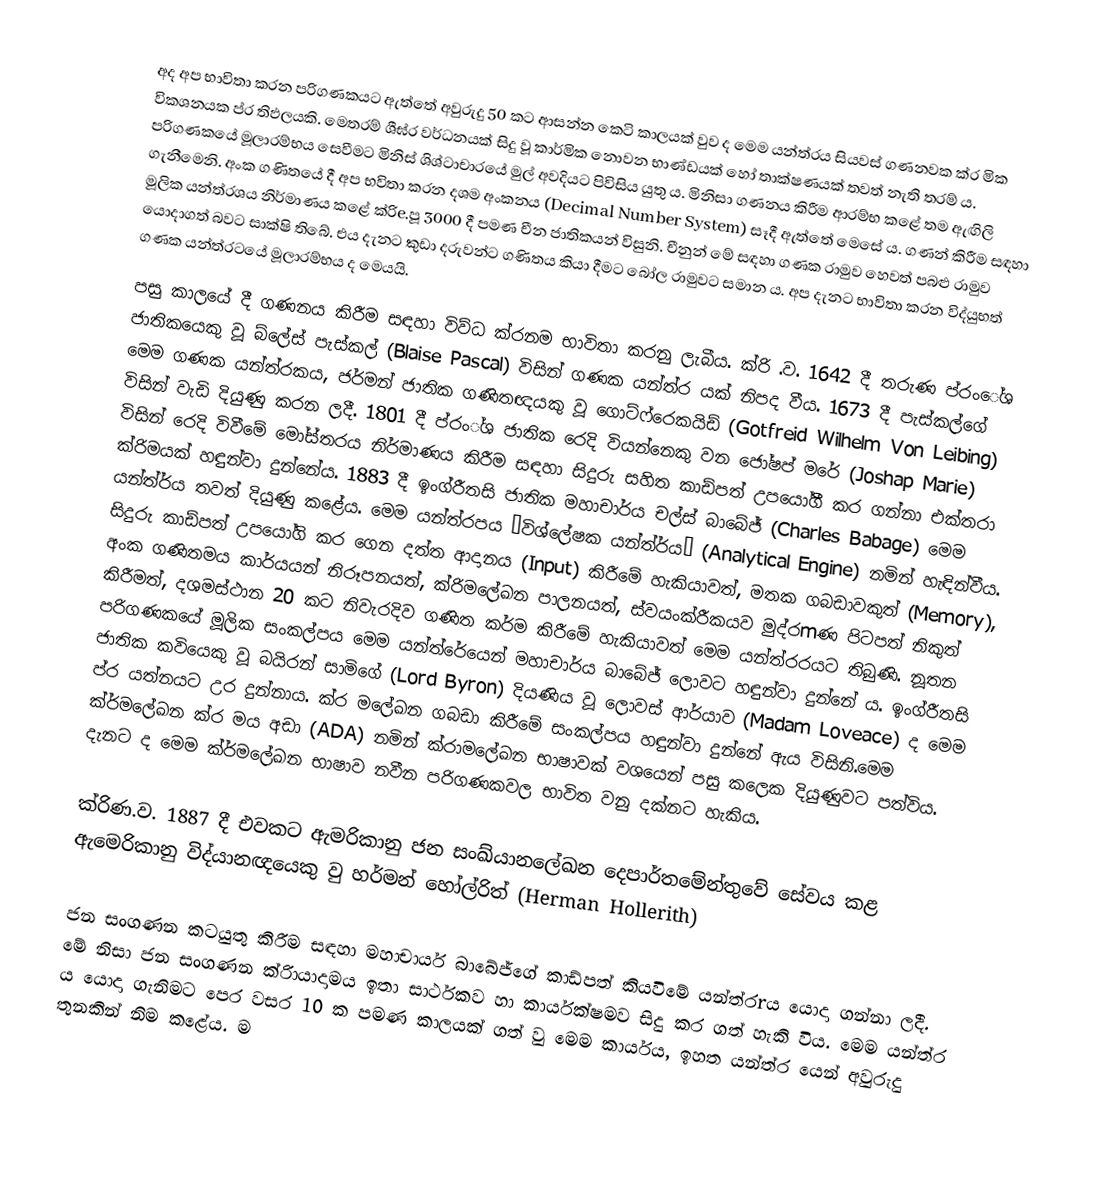
අද අප භාවිතා කරන පරිගණකයට ඇත්තේ අවුරුදු 50 කට ආසන්න කෙටි කාලයක් වුව ද මෙම යන්ත්ර‍ය සියවස් ගණනවක ක්ර මික විකශනයක ප්ර තිඵලයකි. මෙතරම් ශීඝ්ර  වර්ධනයක් සිදු වූ කාර්මික නොවන භාණ්ඩයක් හෝ තාක්ෂණයක් තවත් නැති තරම් ය. පරිගණකයේ මූලාරම්භය සෙවීමට මිනිස් ශිශ්ටාචාරයේ මුල් අවදියට පිවිසිය යුතු ය. මිනිසා ගණනය කිරීම ආරම්භ කළේ තම ඇඟිලි ගැනීමෙනි. අංක ගණිතයේ දී අප භවිතා කරන දශම අංකනය (Decimal Number System) සෑදී ඇත්තේ මෙසේ ය. ගණන් කිරීම සඳහා මූලික යන්ත්රශය නිර්මාණය කළේ ක්රිe.පූ 3000 දී පමණ චීන ජාතිකයන් විසුනි. චීනුන් මේ සඳහා ගණක රාමුව හෙවත් පබළු රාමුව යොදාගත් බවට සාක්ෂි තිබේ. එය දැනට කුඩා දරුවන්ට ගණිතය කියා දීමට බෝල රාමුවට සමාන ය. අප දැනට භාවිතා කරන විද්යුභත් ගණක යන්ත්රටයේ මූලාරම්භය ද මෙයයි.
පසු කාලයේ දී ගණනය කිරීම සඳහා විව්ධ ක්රනම භාවිතා කරනු ලැබීය. ක්රි .ව. 1642 දී තරුණ ප්රංේශ ජාතිකයෙකු වූ බ්ලේස් පැස්කල් (Blaise Pascal) විසින් ගණක යන්ත්ර යක් නිපද වීය. 1673 දී පැස්කල්ගේ මෙම ගණක යන්ත්රකය, ජර්මන් ජාතික ගණිතඥයකු වූ ගොට්ෆ්රෙකයිඩ් (Gotfreid Wilhelm Von Leibing) විසින් වැඩි දියුණු කරන ලදී. 1801 දී ප්රං්ශ ජාතික රෙදි වියන්නෙකු වන ජෝෂප් මරේ (Joshap Marie) විසින් රෙදි විවීමේ මෝස්තරය නිර්මාණය කිරීම සඳහා සිදුරු සහිත කාඩ්පත් උපයෝගී කර ගන්නා එක්තරා ක්රිමයක් හඳුන්වා දුන්නේය. 1883 දී ඉංග්රීතසි ජාතික මහාචාර්ය චල්ස් බාබේජ් (Charles Babage) මෙම යන්ත්ර්ය තවත් දියුණු කළේය. මෙම යන්ත්රපය ‘විශ්ලේෂක යන්ත්ර්ය’ (Analytical Engine) නමින් හැඳින්වීය. සිදුරු කාඩ්පත් උපයෝගි කර ගෙන දත්ත ආදානය (Input) කිරීමේ හැකියාවත්, මතක ගබඩාවකුත් (Memory), අංක ගණිතමය කාර්යයන් නිරූපනයත්, ක්රිමලේඛන පාලනයත්, ස්වයංක්රීකයව මුද්රmණ පිටපත් නිකුත් කිරීමත්, දශමස්ථාන 20 කට නිවැරදිව ගණිත කර්ම කිරීමේ හැකියාවත් මෙම යන්ත්රරයට තිබුණි. නූතන පරිගණකයේ මූලික සංකල්පය මෙම යන්ත්රේයෙන් මහාචාර්ය බාබේජ් ලොවට හඳුන්වා දුන්නේ ය. ඉංග්රීතසි ජාතික කවියෙකු වූ බයිරන් සාමිගේ (Lord Byron) දියණිය වූ ලොවස් ආර්යාව (Madam Loveace) ද මෙම ප්ර යත්නයට උර දුන්නාය. ක්ර මලේඛන ගබඩා කිරීමේ සංකල්පය හඳුන්වා දුන්නේ ඇය විසිනි.මෙම ක්ර්මලේඛන ක්ර මය අඩා (ADA) නමින් ක්රාමලේඛන භාෂාවක් වශයෙන් පසු කලෙක දියුණුවට පත්විය. දැනට ද මෙම ක්ර්මලේඛන භාෂාව නවීන පරිගණකවල භාවිත වනු දක්නට හැකිය.

ක්රිණ.ව. 1887 දී එවකට ඇමරිකානු ජන සංඛ්යානලේඛන දෙපාර්තමේන්තුවේ සේවය කළ ඇමෙරිකානු විද්යානඥයෙකු වු හර්මන් හෝල්රිත් (Herman Hollerith)

 ජන සංගණන කටයුතු කිරීම සඳහා මහාචාර්ය බාබේජ්ගේ කාඩ්පත් කියවිමේ යන්ත්රrය යොදා ගන්නා ලදී. මේ නිසා ජන සංගණන ක්රිායාදාමය ඉතා සාර්ථකව හා කාර්යක්ෂමව සිදු කර ගත් හැකි විය. මෙම යන්ත්ර ය යොදා ගැනිමට පෙර වසර 10 ක පමණ කාලයක් ගත් වු මෙම කාර්යය, ඉහත යන්ත්ර යෙන් අවුරුදු තුනකින් නිම කළේය. ම